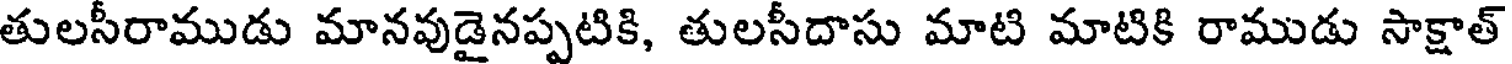
తులసీరాముడు మానవుడైనప్పటికి, తులసీదాసు మాటి మాటికి రాముడు సాక్షాత్